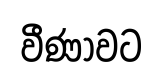
වීණාවට